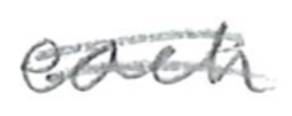
Text: each
Cross-out: double-line
Writing tool: pencil